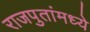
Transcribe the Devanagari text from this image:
राजपुतांमध्ये